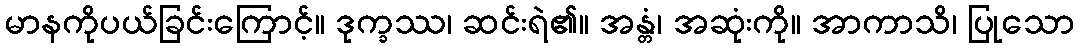
မာနကိုပယ်ခြင်းကြောင့်။ ဒုက္ခဿ၊ ဆင်းရဲ၏။ အန္တံ၊ အဆုံးကို။ အာကာသိ၊ ပြုသော